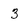
Character: 3